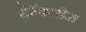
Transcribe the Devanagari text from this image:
हेरॅक्लीस